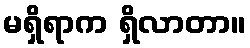
မရှိရာက ရှိလာတာ။